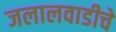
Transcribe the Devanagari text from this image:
जलालवाडीचे